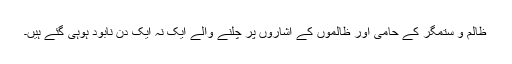
ظالم و ستمگر کے حامی اور ظالموں کے اشاروں پر چلنے والے ایک نہ ایک دن نابود ہوہی گئے ہیں۔